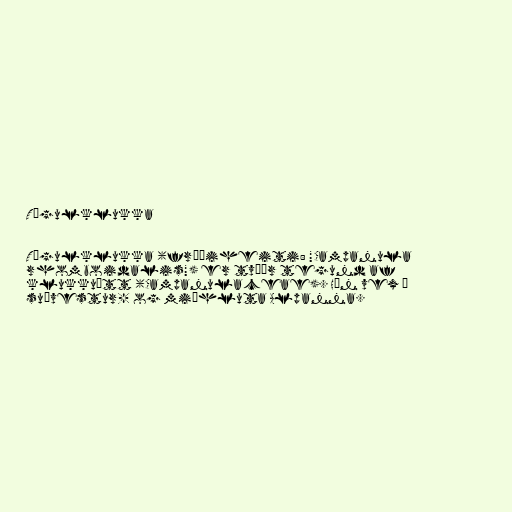
Tígulklukka

Tígulklukka (fræðiheiti: "Campanula
rhomboidalis") er tvíær tegund af
klukkuætt (Campanulaceae). Hún vex í
suðvestur- og miðhluta Alpanna.